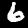
Label: 6